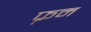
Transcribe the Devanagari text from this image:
फ़्रम